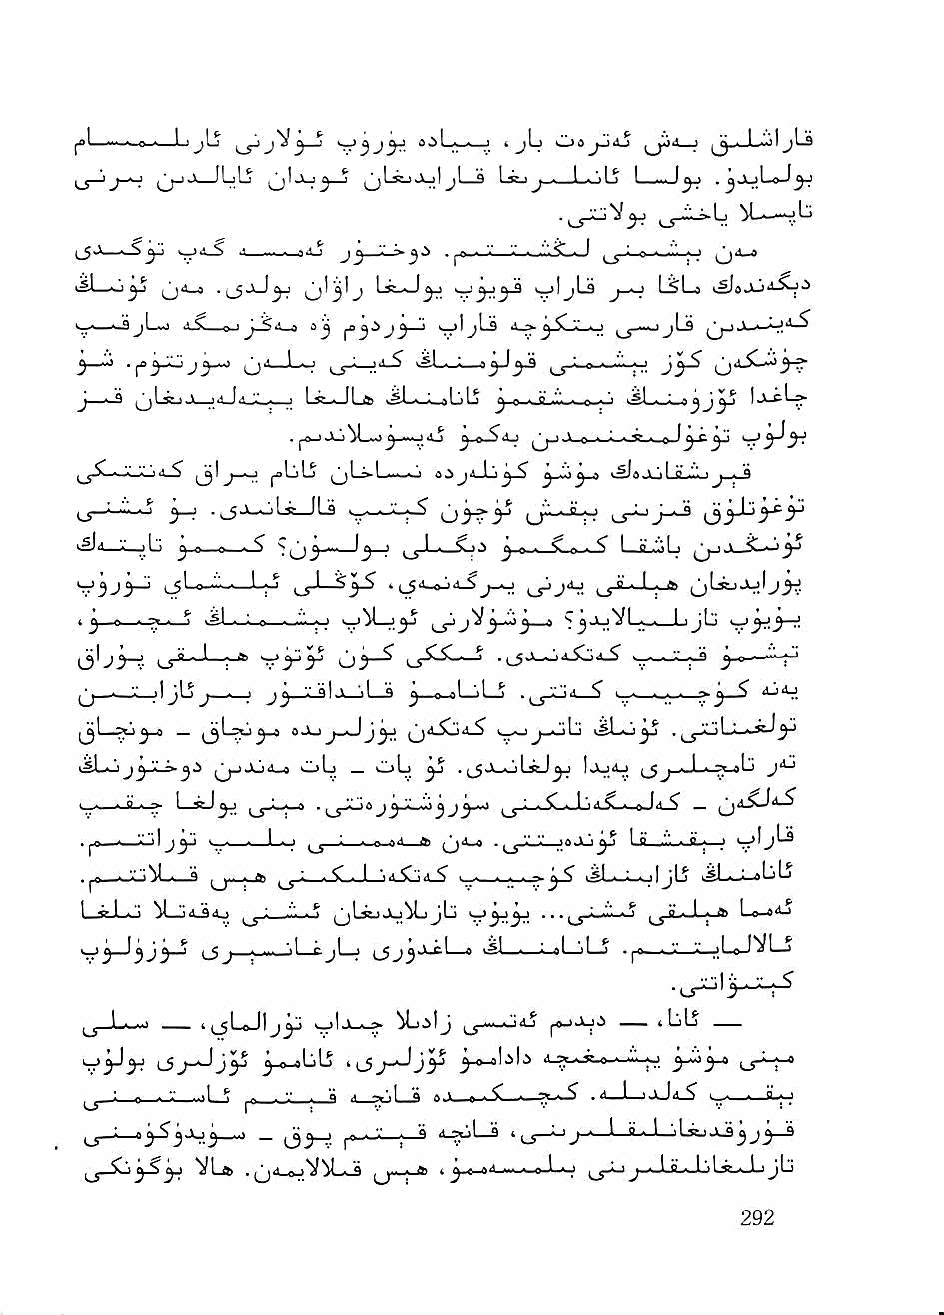
n 1      ^ j        • - • c          ^ . I ..il ^Ija
 u—'j-^ O""**                  J ' ^ ^^ L-..IJy .^ jjLoJ^
 .j_jJ.ljV^ ,_y^.-n-lj ^Lw—jL)
 ijl—-ji ^y ^ jd-a .(_5,lJ^ 0't3-k'l j. UJ 'rr'lj'-S J-^ LSU
 J i_s—'jLs o---
 ^^ n 1^ -, ^ , - - . '^1 - '1
 5—^        0
 J—<-S ^LsuJ jiiJii_'.'_., ,1 Lsc.JL& >?J « ..aLiLj ^ 0 .■^.".'.■■-^■ij
 i—^ ,'iLsjJ idJdJi.
 . j-o-j J-jM-w^-~jdj J oSij 0 . i, . f ..0 I
 d-S^   i^LiLj (^Lj-L....-j aijd_Lj^^ ' 'I °' ■"'■ ' J ■ *
 3-Tf • j.^Ls—'Li ■--^•■-..^ u^y LT-^ i-r^J-^
 •^d—liL^ Li) J D 0 . ^ ^ ^ ^.M.. I ^ J ^ 1 ._'C ) J fi ■ ^ r ■ ^ I d -"■ Li ^
 s5L-»-~—L-r^ L-r^^ .^jd_<^4_Sj_^ ._r'J'4 us^i—
 V3J>^ s5^d'——L^
 t J ^  ^ >#J • ). a ■—■■ »j i—i^l— ^J ' ,1^^ • • ' 1 j^" ^y.y~f'
 ^ d • ' - ^ ^ J ^     ^ . ^_jJi_A-ld>^jd,S J^o
 • V j1jLjj_ J J ^_<L31 J—j I—9 J .0 al—jl—j i -, '^'S!
 jjd.Xdd_S^ •._^j_oLi vSLo ^
 i^L^jJg-iLj-j.S ^Jj_iJjd_a oL) old ^ .^.xOLscJ^ C.5 -L—?-»L^ jij
 ^.. ■ ^ ■ ^ loJ                        ^ _ ,-.d^d5
 ' '' J^ ^ ' ' ^ ' ^ ■ - r ^  >0JLj^ ^ ft .11' - fBt -■ •I •—>' jLi
 .<„ I •.diCjd-g ,„■ . . . rvj-S" .sL^ljL^ JLo^bL^
 ^ «• 1 -" iLjdjdj ^' "■ ■ ^ ijLidjLj^jLd ...jjj_Oo B ■ I ■ fl) L-o-»dj
 jl tjl_j j_5j^jtiL_»        dU'^LS
 IJ-L—■' ..jLoJlj^    ^.iij ,_yd~dj4j   jblj
 ^_o-obl5 ,^j-Jyy ^-a-abb d-a-Osdi-^'^ y,
 ■ - - '-' . -1 ^ - . '.' . a A -.'.1 a » ' t - ^ ^ . d_J—ijJd_S^ I
 ^ - ciyi- y-'-' ; "'^           J3j3_9
 VL» .jj4_ejVibo ^j.. « » 4 ^.a—>d